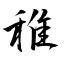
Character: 稚